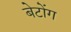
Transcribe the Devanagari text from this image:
बेटोंग